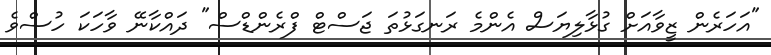
"އަހަރެން ޒީވާއަށް ގުޅާލިޔަސް އެންމެ ރަނގަޅުތަ ޖަސްޓް ފްރެންޑްސް" ދައްކާނޭ ވާހަކަ ހުސްވެ